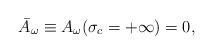
LaTeX: \begin{align*}\bar{A}_\omega\equiv A_{\omega}(\sigma_c=+\infty)=0,\end{align*}